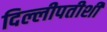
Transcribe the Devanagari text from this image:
दिल्लीपतीशी